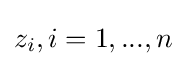
z_{i},i=1,...,n